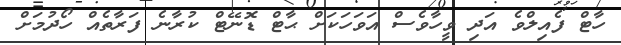
ހާޓް ފެއިލްވެ އަދި ވީހާވެސް އަވަހަކަށް ޙާޓް ޑޮނޭޓް ކުރާނެ ފަރާތެއް ހޯދުމަށް